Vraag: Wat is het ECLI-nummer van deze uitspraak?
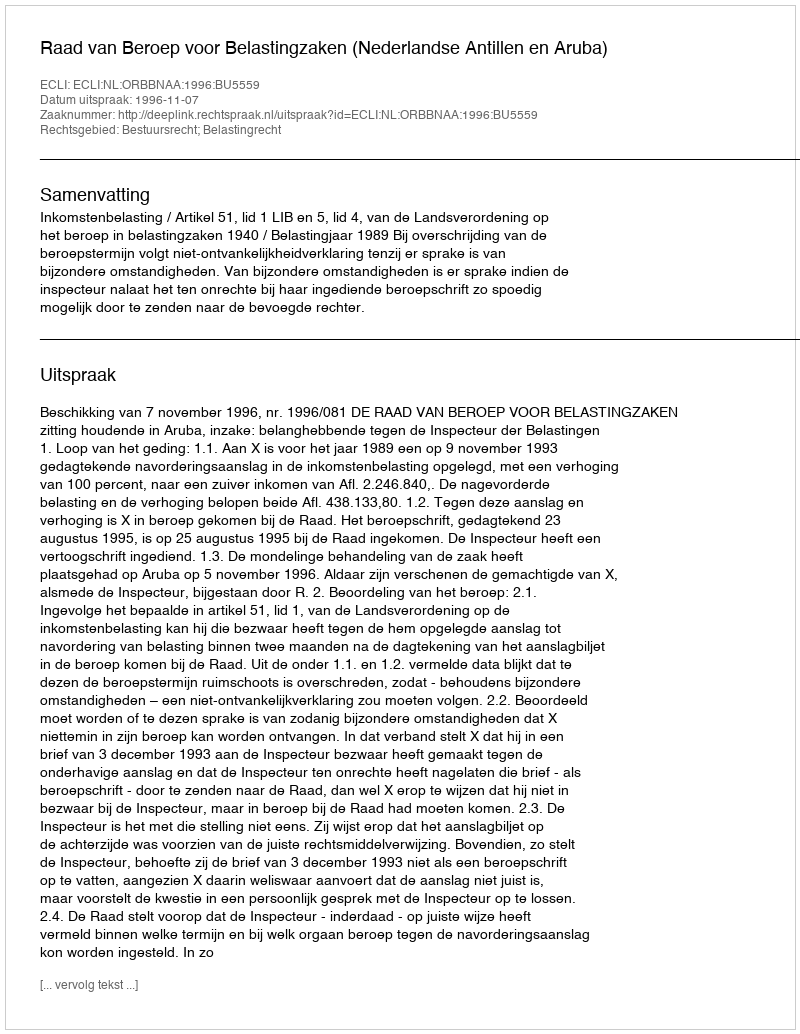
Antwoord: ECLI:NL:ORBBNAA:1996:BU5559